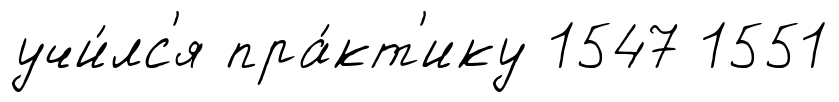
учи́лс'я пра́кт'ику 1547 1551